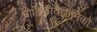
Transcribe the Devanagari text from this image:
भौतिकीवैज्ञानिकों